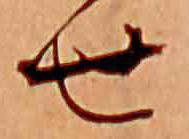
せ